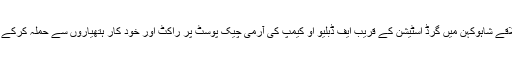
گہرام بلوچ نے کہا کہ جمعرات کو پنجگور کے علاقے شاہوکہن میں گرڈ اسٹیشن کے قریب ایف ڈبلیو او کیمپ کی آرمی چیک پوسٹ پر راکٹ اور خود کار ہتھیاروں سے حملہ کرکے قابض آرمی کو بھاری جانی و مالی نقصان پہنچایا۔